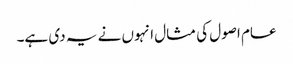
عام اصول کی مثال انہوں نے یہ دی ہے۔